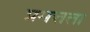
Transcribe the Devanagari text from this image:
प्रमत्तता